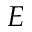
E